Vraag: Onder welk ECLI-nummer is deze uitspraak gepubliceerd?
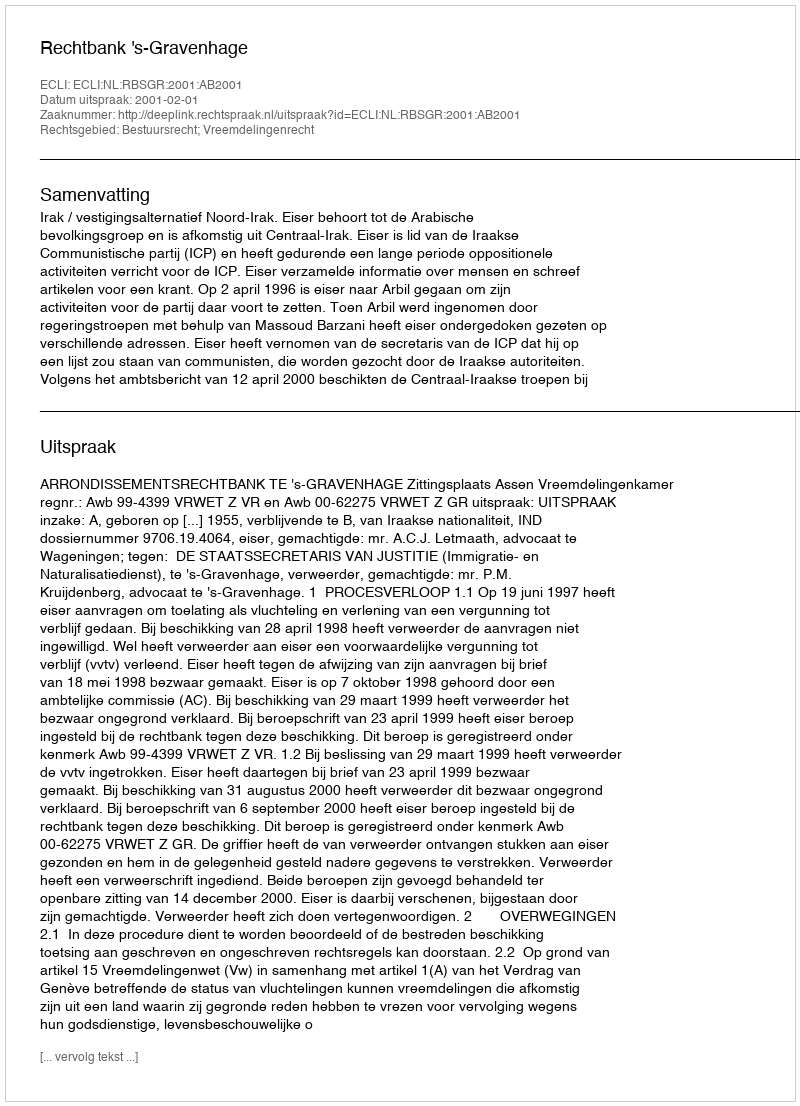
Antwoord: ECLI:NL:RBSGR:2001:AB2001